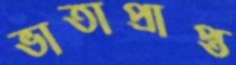
ভাতাপ্রাপ্ত